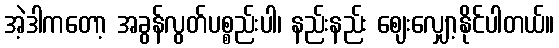
အဲ့ဒါကတော့ အခွန်လွတ်ပစ္စည်းပါ၊ နည်းနည်း ဈေးလျှော့နိုင်ပါတယ်။